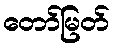
တော်မြတ်